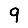
Digit: 9